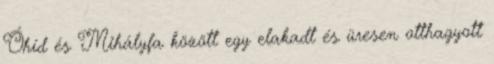
Óhíd és Mihályfa között egy elakadt és üresen otthagyott